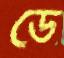
ডে